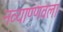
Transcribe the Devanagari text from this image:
नव्याण्णवला